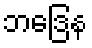
ဘဒြေန